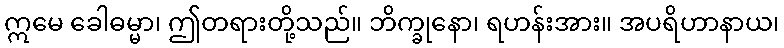
ဣမေ ခေါဓမ္မာ၊ ဤတရားတို့သည်။ ဘိက္ခုနော၊ ရဟန်းအား။ အပရိဟာနာယ၊